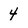
Character: 4